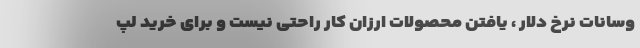
وسانات نرخ دلار ، یافتن محصولات ارزان کار راحتی نیست و برای خرید لپ